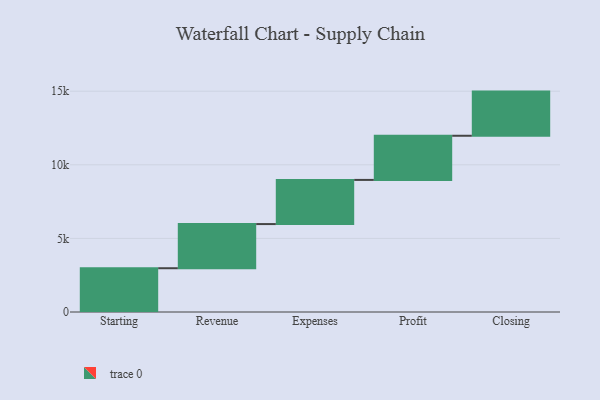
{"axis": {"x": "Step", "y": "Value"}, "legend": [""], "data": [{"x": "Starting", "y": 2974.0, "type": ""}, {"x": "Revenue", "y": 3000, "type": ""}, {"x": "Expenses", "y": 3000, "type": ""}, {"x": "Profit", "y": 3000, "type": ""}, {"x": "Closing", "y": 3000, "type": ""}]}